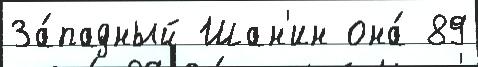
За́падный Шан'ин она́ 89